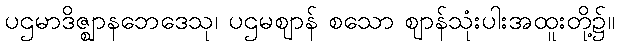
ပဌမာဒိဇ္ဈာနဘေဒေသု၊ ပဌမဈာန် စသော ဈာန်သုံးပါးအထူးတို့၌။